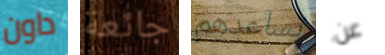
داون جائعة تساعدهم عن